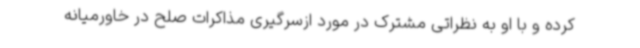
کرده و با او به نظراتی مشترک در مورد ازسرگیری مذاکرات صلح در خاورمیانه